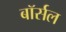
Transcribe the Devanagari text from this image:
बॉर्सल